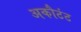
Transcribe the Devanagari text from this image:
अकौटंट